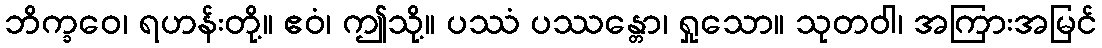
ဘိက္ခဝေ၊ ရဟန်းတို့။ ဧဝံ၊ ဤသို့။ ပဿံ ပဿန္တော၊ ရှုသော။ သုတဝါ၊ အကြားအမြင်